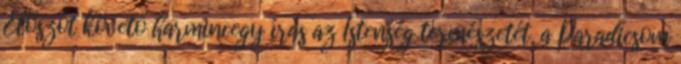
Előszót követő harmincegy írás az Istenség természetét, a Paradicsom